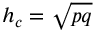
h _ { c } = { \sqrt { p q } }